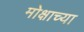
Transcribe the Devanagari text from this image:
मोक्षाच्या